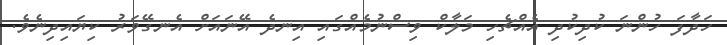
ހަދާފަ ހުންނަ ކުދިކުދި އެއްޗެހި މަލާކް ވިސްނުމެއްގައި އިނދެ އޭނައަށް އެނގޭވަރު ކިޔައިދިނެވެ.